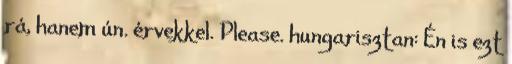
rá, hanem ún. érvekkel. Please. hungarisztan: Én is ezt